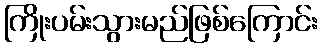
ကြိုးပမ်းသွားမည်ဖြစ်ကြောင်း